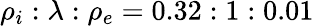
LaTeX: \rho_{i}:\lambda:\rho_{e}=0.32:1:0.01